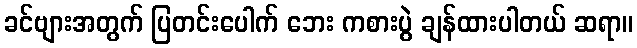
ခင်ဗျားအတွက် ပြတင်းပေါက် ဘေး ကစားပွဲ ချန်ထားပါတယ် ဆရာ။